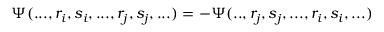
\Psi ( . . . , r _ { i } , s _ { i } , . . . , r _ { j } , s _ { j } , . . . ) = - \Psi ( . . , r _ { j } , s _ { j } , . . . , r _ { i } , s _ { i } , . . . )